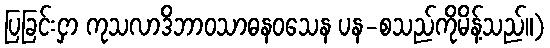
ပြခြင်းငှာ ကုသလာဒိဘာဝသာဓနဝသေန ပန-စသည်ကိုမိန့်သည်။)